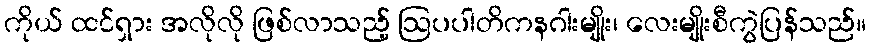
ကိုယ် ထင်ရှား အလိုလို ဖြစ်လာသည့် ဩပပါတိကနဂါးမျိုး၊ လေးမျိုးစီကွဲပြန်သည်။